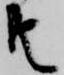
共